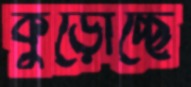
কুড়োচ্ছে